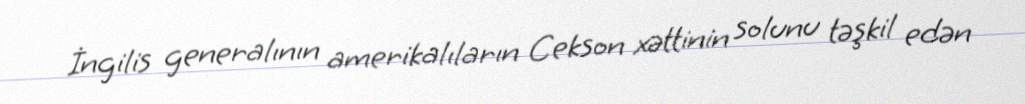
İngilis generalının amerikalıların Cekson xəttinin solunu təşkil edən